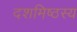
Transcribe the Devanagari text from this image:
दशमिष्ठस्य